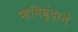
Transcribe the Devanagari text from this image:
ऋषिवृंदाने